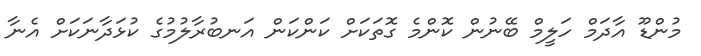
މުންޑޫ އާދަމް ހަލީމް ބޭނުން ކޮންމެ ގޮތަކަށް ކަންކަން އަނބުރާލުމުގެ ކުޅަދާނަކަށް އެނާ